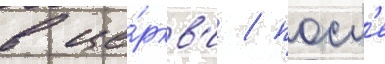
в це́ркв'и / посл'е